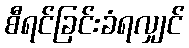
စီရင်ခြင်းခံရလျှင်